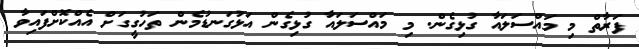
ފަރާތް މި މައްސަލައާ ގުޅިގެން. މި މައްސަލައާ ގުޅިގެން އަޅުގަނޑުމެން ތަހުގީގަށް އެއްކޮށްފައިވާ